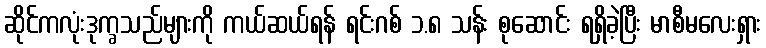
ဆိုင်ကလုံးဒုက္ခသည်များကို ကယ်ဆယ်ရန် ရင်းဂစ် ၁.၈ သန်း စုဆောင်း ရရှိခဲ့ပြီး မာစီမလေးရှား